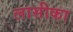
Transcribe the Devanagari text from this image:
लासीका